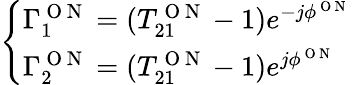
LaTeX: \left\{ \begin{array}{l}{\Gamma_{1}^{\mathrm{~O~N~}}=(T_{21}^{\mathrm{~O~N~}}-1)e^{-j\phi^{\mathrm{~O~N~}}}}\\ {\Gamma_{2}^{\mathrm{~O~N~}}=(T_{21}^{\mathrm{~O~N~}}-1)e^{j\phi^{\mathrm{~O~N~}}}}\end{array}\right.